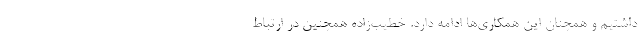
داشتیم و همچنان این همکاری‌ها ادامه دارد. خطیب‌زاده همچنین در ارتباط